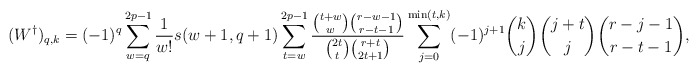
\begin{align*}(W^{\dagger})_{q,k}=(-1)^q\sum_{w=q}^{2p-1}\frac{1}{w!}s(w+1,q+1)\sum_{t=w}^{2p-1}\frac{\binom{t+w}{w}\binom{r-w-1}{r-t-1}}{\binom{2t}{t}\binom{r+t}{2t+1}}\sum_{j=0}^{\min(t,k)} (-1)^{j+1}\binom{k}{j}\binom{j+t}{j}\binom{r-j-1}{r-t-1},\end{align*}